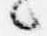
々